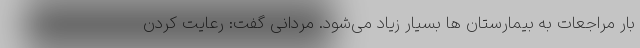
بار مراجعات به بیمارستان ها بسیار زیاد می‌شود. مردانی گفت: رعایت کردن